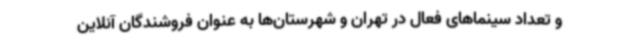
و تعداد سینماهای فعال در تهران و شهرستان‌ها به عنوان فروشندگان آنلاین